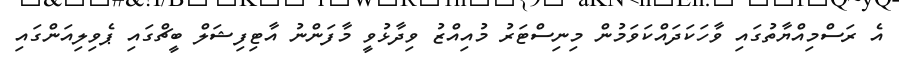
އެ ރަސްމިއްޔާތުގައި ވާހަކަދައްކަވަމުން މިނިސްޓަރު މުއިއްޒު ވިދާޅުވީ މާފަންނު އާޓިފިޝަލް ބީޗްގައި ޕެވިލިއަންގައި